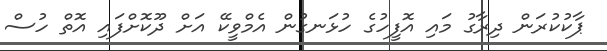
ޕާކުކުރަން ދިރާގު މައި އޮފީހުގެ ހުޅަނގުން އެމްވީކޭ އަށް ދޫކޮށްފައި އޮތް ހުސް